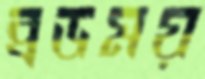
ব্রডময়